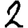
Digit: 2